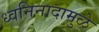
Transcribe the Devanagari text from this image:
ध्वनिनादामुळे